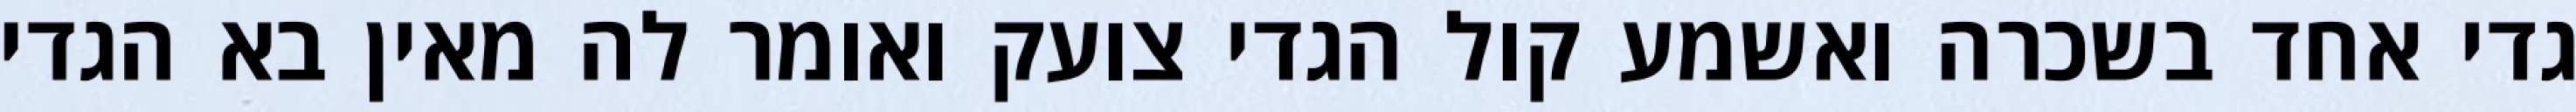
גדי אחד בשכרה ואשמע קול הגדי צועק ואומר לה מאין בא הגדי